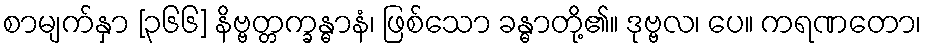
စာမျက်နှာ [၃၆၆] နိဗ္ဗတ္တက္ခန္ဓာနံ၊ ဖြစ်သော ခန္ဓာတို့၏။ ဒုဗ္ဗလ၊ ပေ။ ကရဏတော၊